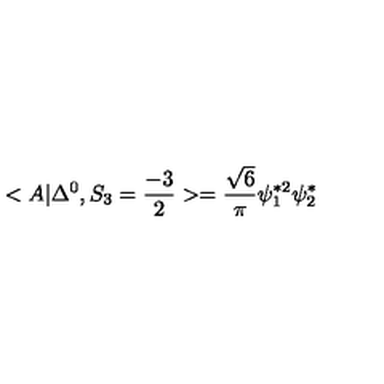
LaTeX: < A | \Delta ^ { 0 } , S _ { 3 } = \frac { - 3 } { 2 } > = \frac { \sqrt { 6 } } { \pi } \psi _ { 1 } ^ { * 2 } \psi _ { 2 } ^ { * }